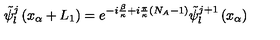
{ \tilde { \psi } } _ { l } ^ { j } \left( x _ { \alpha } + L _ { 1 } \right) = e ^ { - i \frac { \beta } { \kappa } + i \frac { \pi } { \kappa } \left( N _ { A } - 1 \right) } { \tilde { \psi } } _ { l } ^ { j + 1 } \left( x _ { \alpha } \right)